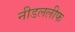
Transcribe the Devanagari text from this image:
नीडललीफ